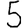
Digit: 5